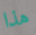
هذا